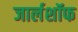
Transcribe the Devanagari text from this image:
जार्लशॉफ